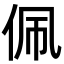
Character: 佩